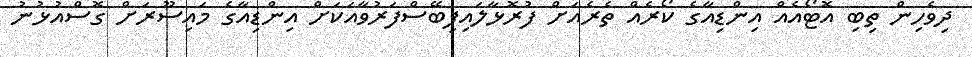
ދިވެހިން ތިބި އޮޓޯއެއް އިންޑިއާގެ ކޯރެއް ތެރެއަށް ފުރޮޅާލައިފިބޭސްފަރުވާއަކަށް އިންޑިއާގެ މައިސޫރަށް ގޮސްއުޅުނު